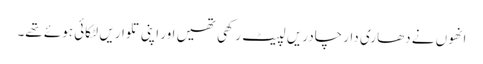
انھوں نے دھاری دار چادریں لپیٹ رکھی تھیں اور اپنی تلواریں لٹکائی ہوئے تھے۔